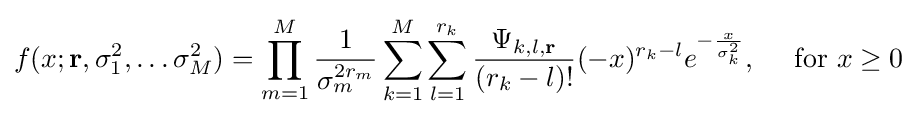
f(x;\mathbf {r} ,\sigma _{1}^{2},\dots \sigma _{M}^{2})=\prod _{m=1}^{M}{\frac {1}{\sigma _{m}^{2r_{m}}}}\sum _{k=1}^{M}\sum _{l=1}^{r_{k}}{\frac {\Psi _{k,l,\mathbf {r} }}{(r_{k}-l)!}}(-x)^{r_{k}-l}e^{-{\frac {x}{\sigma _{k}^{2}}}},\quad {\text{ for }}x\geq 0